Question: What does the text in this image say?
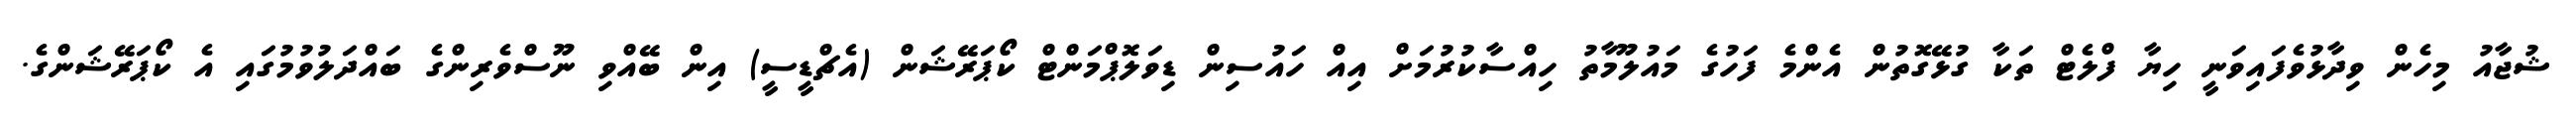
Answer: ޝުޖާއު މިހެން ވިދާޅުވެފައިވަނީ ހިޔާ ފްލެޓް ތަކާ ގުޅޭގޮތުން އެންމެ ފަހުގެ މައުލޫމާތު ހިއްސާކުރުމަށް އިއް ހައުސިން ޑިވަލޮޕްމަންޓް ކޯޕަރޭޝަން (އެޗްޑީސީ) އިން ބޭއްވި ނޫސްވެރިންގެ ބައްދަލުވުމުގައި އެ ކޯޕަރޭޝަންގެ.